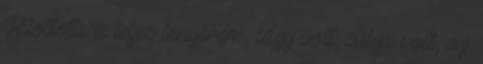
Kitöltötte a teljes tenyerem, lágy volt, súlya volt, az